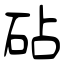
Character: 砧